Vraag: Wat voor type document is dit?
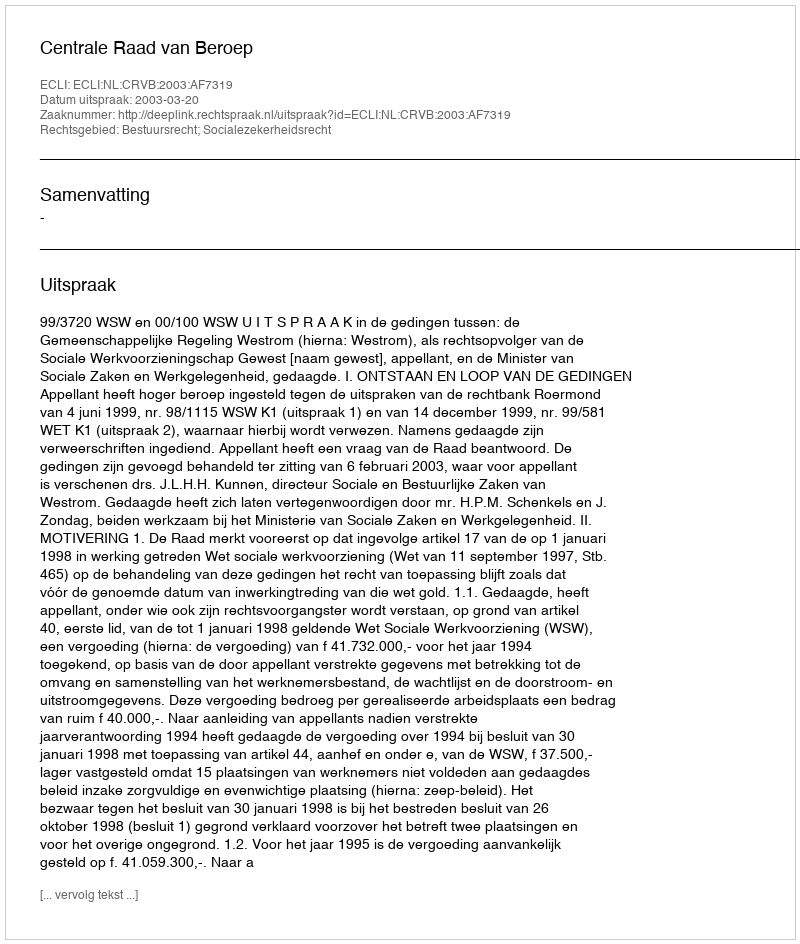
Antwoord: Uitspraak